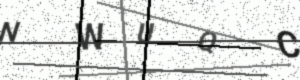
Text: NWUQC